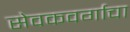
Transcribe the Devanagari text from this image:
सेवकवर्गाचा